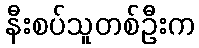
နီးစပ်သူတစ်ဦးက